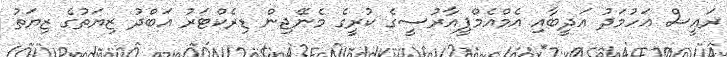
ރައީސް އަހުމަދު އަދީބާއި އެމްއެމްޕީއާރުސީގެ ކުރީގެ މެނޭޖިން ޑިރެކްޓަރު އަބްދު ޒިޔަތުގެ ޒިޔަތު